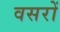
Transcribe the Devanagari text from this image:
वसरों